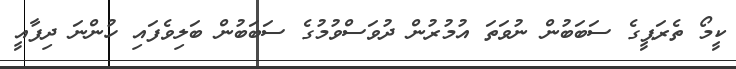
ކީމޯ ތެރަޕީގެ ސަބަބުން ނުވަތަ އުމުރުން ދުވަސްވުމުގެ ސަބަބުން ބަލިވެފައި ހުންނަ ދިފާއީ